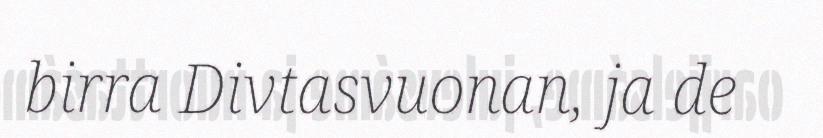
birra Divtasvuonan, ja de